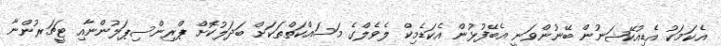
އެކަމަކު އެޑިއުކޭޝަނުން ބޭނުންވަނީ އެބޭފުޅުން އެކަޑެމިކް ލެވެލްގެ މަސައްކަތްތަކަށް ބަދަލުކޮށް ޕްރިންސިޕަލުންނާއި ޓީޗަރުންނާ